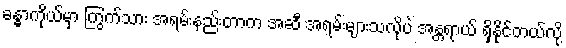
ခန္ဓာကိုယ်မှာ ကြွက်သား အရမ်းနည်းတာက အဆီ အရမ်းများသလိုပဲ အန္တရာယ် ရှိနိုင်တယ်လို့